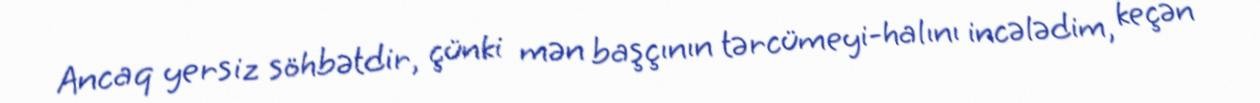
Ancaq yersiz söhbətdir, çünki mən başçının tərcümeyi-halını incələdim, keçən